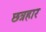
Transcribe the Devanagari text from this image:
छत्रहार